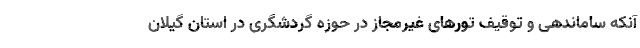
آنکه ساماندهی و توقیف تورهای غیرمجاز در حوزه گردشگری در استان گیلان